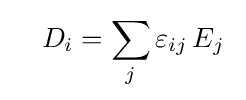
\quad D_{i}=\sum _{j}\varepsilon _{ij}\,E_{j}\;